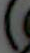
)